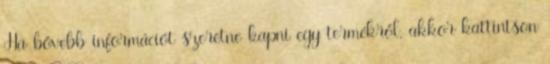
Ha bővebb információt szeretne kapni egy termékről, akkor kattintson